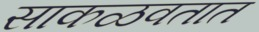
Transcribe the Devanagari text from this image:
साकळवतात